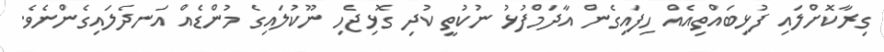
ގިރާކޮށްލައި ފުޅިބައްތިއެއް ހިފައިގެން އާދަމްފުޅު ނުކުތީ ކުދި ގޮޅިޖެހި ނޫކުލައިގެ މުންޑެއް އަނދެލައިގެންނެވެ.